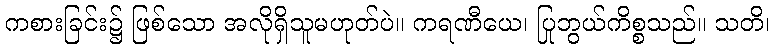
ကစားခြင်း၌ ဖြစ်သော အလိုရှိသူမဟုတ်ပဲ။ ကရဏီယေ၊ ပြုဘွယ်ကိစ္စသည်။ သတိ၊